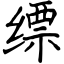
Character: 缥